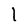
Character: l